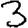
Digit: 3